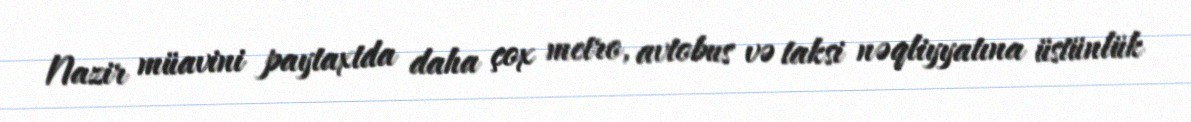
Nazir müavini paytaxtda daha çox metro, avtobus və taksi nəqliyyatına üstünlük